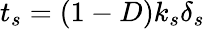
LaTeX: t_{s}=(1-D)k_{s}\delta_{s}